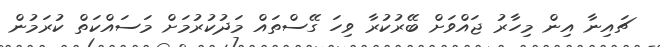
ޗައިނާ އިން މިހާރު ޖައްވަށް ބޭރުކުރާ ވިހަ ގޭސްތައް މަދުކުރުމަށް މަސައްކަތް ކުރަމުން